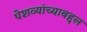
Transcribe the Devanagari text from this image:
पेशव्यांच्याबद्दल